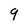
Character: 9